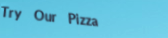
Try Our Pizza